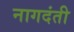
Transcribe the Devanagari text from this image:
नागदंती